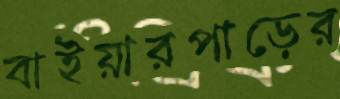
বাইয়ারপাড়ের